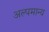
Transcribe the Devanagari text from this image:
अल्पमान्य